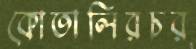
কোতালিরচর